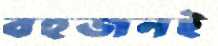
বহুজনই